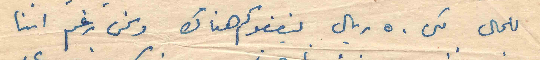
للمال لكن ٥٠ ريال ينفعوكم هناك ونحن رغم اننا